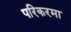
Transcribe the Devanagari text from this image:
परिकरमा